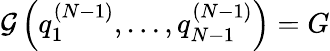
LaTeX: \mathcal{G}\left(q_{1}^{(N-1)},\dots,q_{N-1}^{(N-1)}\right)=G